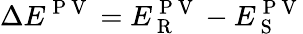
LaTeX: \Delta E^{\mathrm{~P~V~}}=E_{\mathrm{~R~}}^{\mathrm{~P~V~}}-E_{\mathrm{~S~}}^{\mathrm{~P~V~}}